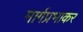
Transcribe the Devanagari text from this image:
मार्गप्रभाकर